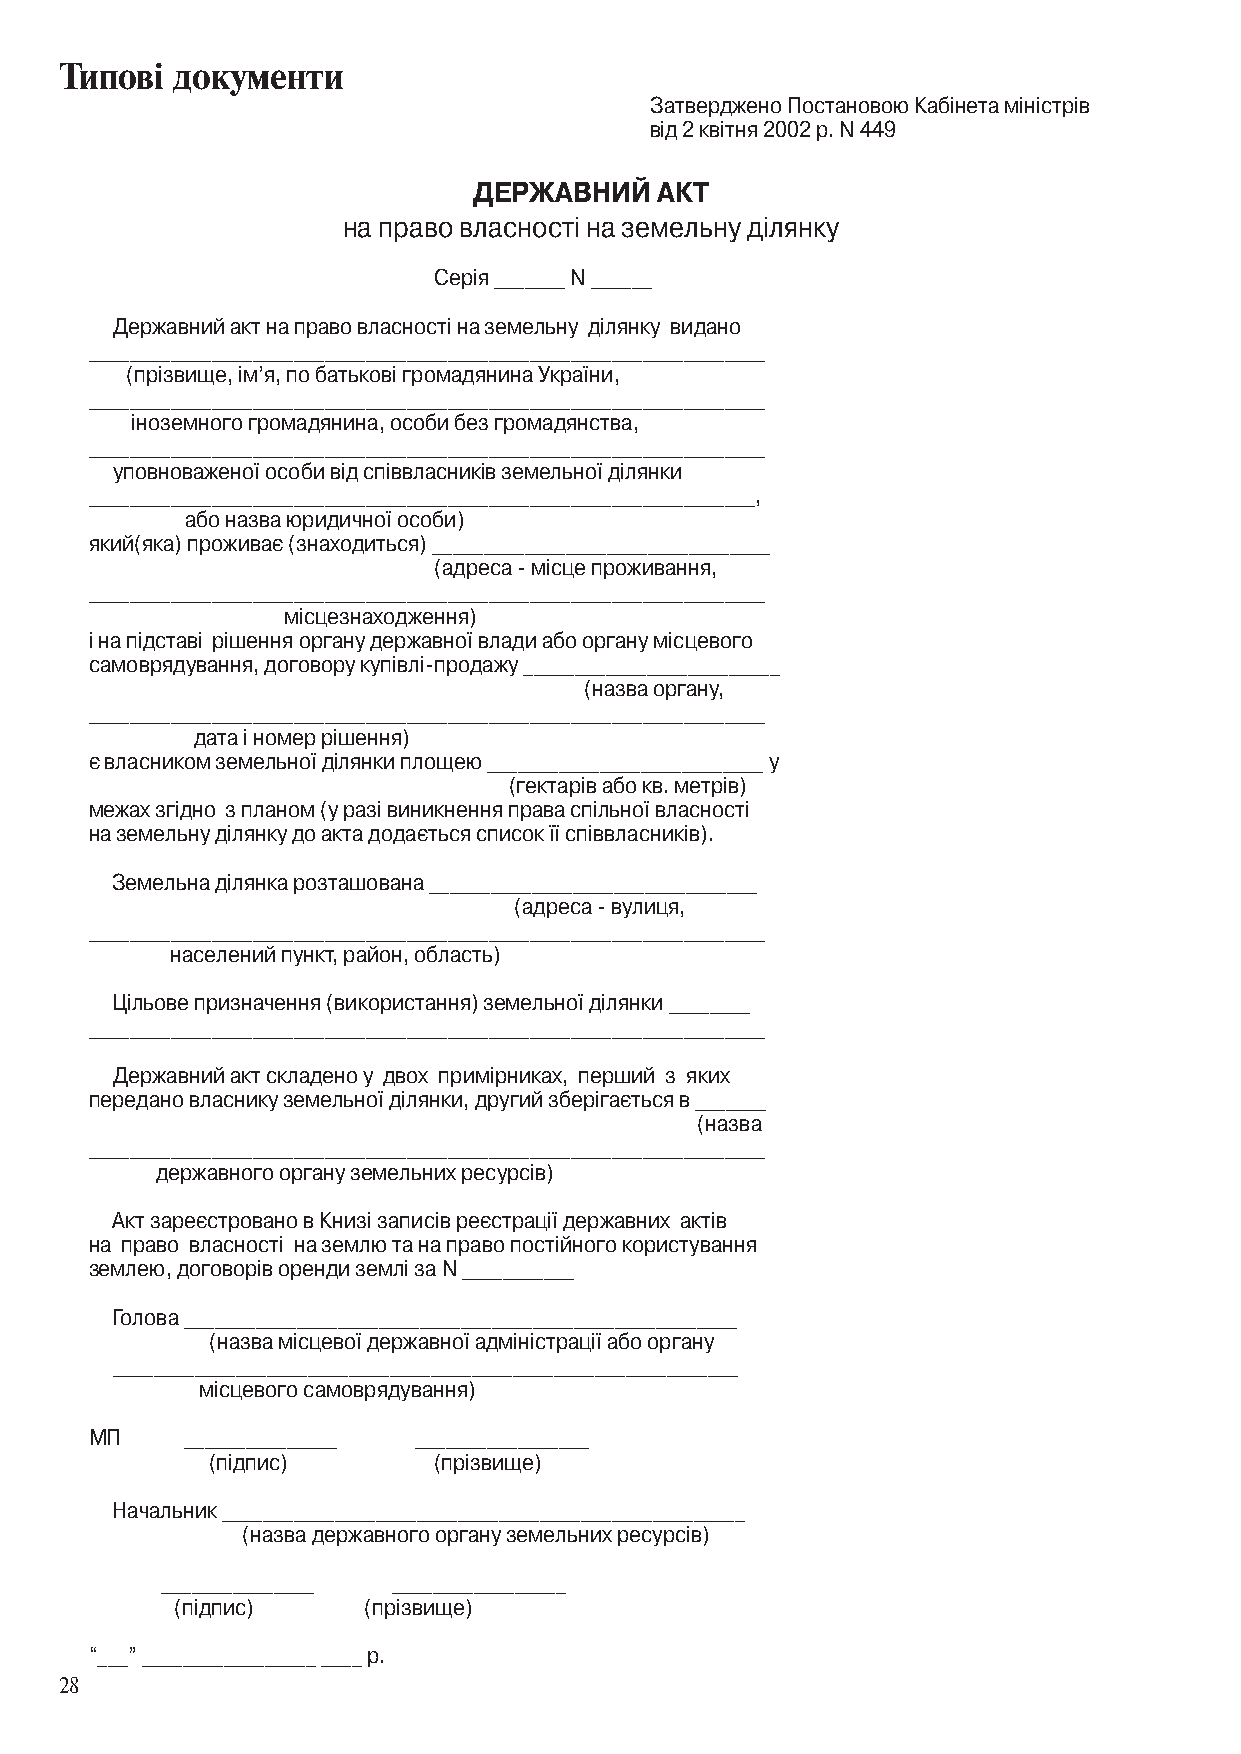
Типові документи
 Затверджено Постановою Кабінета міністрів
 від 2 квітня 2002 р. N 449
 ДЕРЖавНИЙ   аКТ
 на право власності на земельну ділянку
 Серія _______ N ______
 Державний акт на право власності на земельну ділянку видано
 __________________________________________________________________
 (прізвище, ім’я, по батькові громадянина України,
 __________________________________________________________________
 іноземного громадянина, особи без громадянства,
 __________________________________________________________________
 уповноваженої особи від співвласників земельної ділянки
 _________________________________________________________________,
 або назва юридичної особи)
 який(яка) проживає (знаходиться) _________________________________
 (адреса - місце проживання,
 __________________________________________________________________
 місцезнаходження)
 і на підставі рішення органу державної влади або органу місцевого
 самоврядування, договору купівлі-продажу _________________________
 (назва органу,
 __________________________________________________________________
 дата і номер рішення)
 є власником земельної ділянки площею ___________________________ у
 (гектарів або кв. метрів)
 межах згідно з планом (у разі виникнення права спільної власності
 на земельну ділянку до акта додається список її співвласників).
 Земельна ділянка розташована ________________________________
 (адреса - вулиця,
 __________________________________________________________________
 населений пункт, район, область)
 Цільове призначення (використання) земельної ділянки ________
 __________________________________________________________________
 Державний акт складено у двох примірниках, перший з яких
 передано власнику земельної ділянки, другий зберігається в _______
 (назва
 __________________________________________________________________
 державного органу земельних ресурсів)
 Акт зареєстровано в Книзі записів реєстрації державних актів
 на право власності на землю та на право постійного користування
 землею, договорів оренди землі за N ___________
 Голова ______________________________________________________
 (назва місцевої державної адміністрації або органу
 _____________________________________________________________
 місцевого самоврядування)
 МП    _______________ _________________
 (підпис)       (прізвище)
 Начальник ___________________________________________________
 (назва державного органу земельних ресурсів)
 _______________ _________________
 (підпис)    (прізвище)
 “___” _________________ ____ р.
 